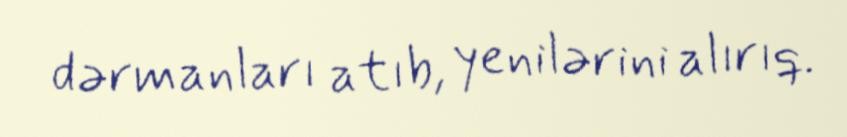
dərmanları atıb, yenilərini alırıq.